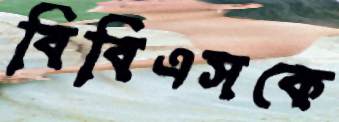
বিবিএসকে